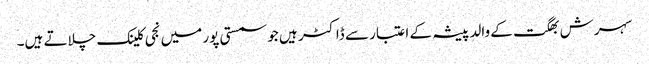
سہرش بھگت کے والد پیشہ کے اعتبار سے ڈاکٹر ہیں جو سمستی پور میں نجی کلینک چلاتے ہیں۔